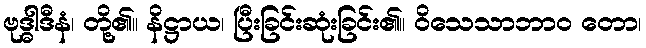
ဗုဒ္ဓါဒီနံ၊ တို့၏။ နိဋ္ဌာယ၊ ပြီးခြင်းဆုံးခြင်း၏။ ဝိသေသာဘာဝ တော၊